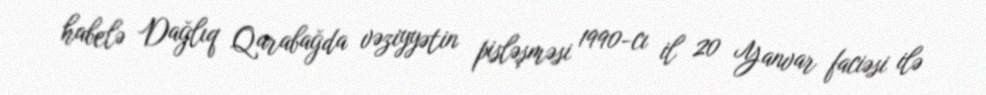
habelə Dağlıq Qarabağda vəziyyətin pisləşməsi 1990-cı il 20 Yanvar faciəsi ilə